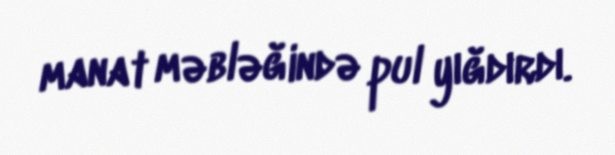
manat məbləğində pul yığdırdı.